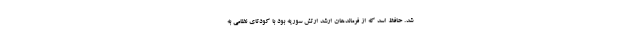
شد. حافظ اسد که از فرماندهان ارشد ارتش سوریه بود با کودتای نظامی به